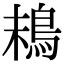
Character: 𩿣